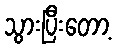
သွားပြီးတော့